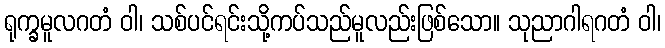
ရုက္ခမူလဂတံ ဝါ၊ သစ်ပင်ရင်းသို့ကပ်သည်မူလည်းဖြစ်သော။ သုညာဂါရဂတံ ဝါ၊